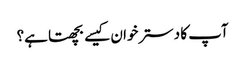
آپ کا دسترخوان کیسے بچھتا ہے؟